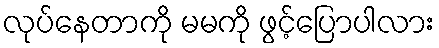
လုပ်နေတာကို မမကို ဖွင့်ပြောပါလား